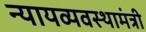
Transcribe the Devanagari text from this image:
न्यायव्यवस्थामंत्री